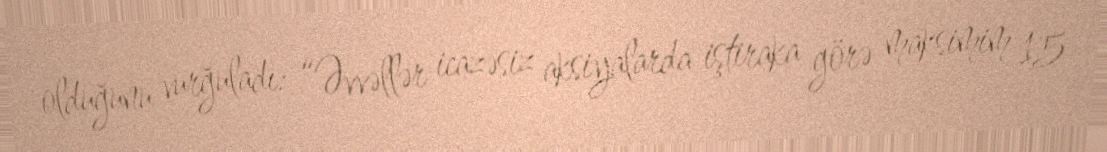
olduğunu vurğuladı: “Əvvəllər icazəsiz aksiyalarda iştiraka görə maksimim 15